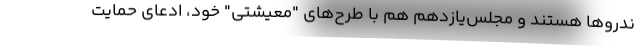
ندروها هستند و مجلس‌یازدهم هم با طرح‌های "معیشتی" خود، ادعای حمایت